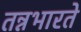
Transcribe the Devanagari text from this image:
तन्नभारते